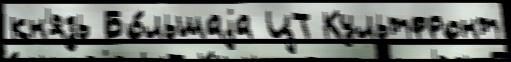
кн'язь Бо́льшаjа ЦТ Культфронт